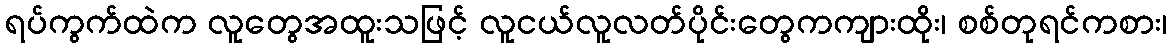
ရပ်ကွက်ထဲက လူတွေအထူးသဖြင့် လူငယ်လူလတ်ပိုင်းတွေကကျားထိုး၊ စစ်တုရင်ကစား၊